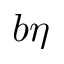
b \eta